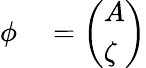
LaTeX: \begin{array}{rl}{\phi}&{{}=\left(\begin{array}{l}{A}\\ {\zeta}\end{array}\right)}\end{array}